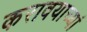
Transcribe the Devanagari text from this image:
करावयाच्यां